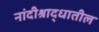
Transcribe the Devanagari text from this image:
नांदीश्राद्धातील